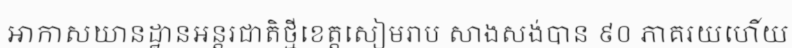
អាកាសយានដ្ឋានអន្តរជាតិថ្មីខេត្តសៀមរាប សាងសង់បាន ៩០ ភាគរយហើយ